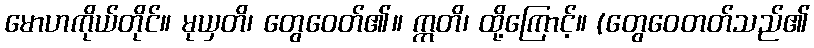
မောဟကိုယ်တိုင်။ မုယှတိ၊ တွေဝေတ်၏။ ဣတိ၊ ထို့ကြောင့်။ (တွေဝေတတ်သည်၏